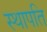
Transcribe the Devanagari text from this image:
स्‍थापति